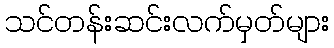
သင်တန်းဆင်းလက်မှတ်များ